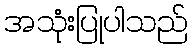
အသုံးပြုပါသည်